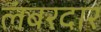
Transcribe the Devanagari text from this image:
लंबरदार